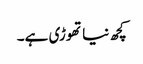
کچھ نیاتھوڑی ہے۔